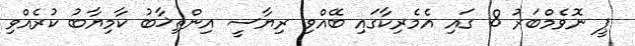
ޕީ ނޮވެމްބަރު 8 ގައި އެމެރިކާގައި ބޭއްވި ރިޔާސީ އިންތިޚާބު ކާމިޔާބު ކުރެއްވި